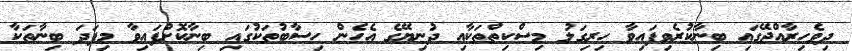
ދިވެހިރާއްޖޭގައި ބިނާކުރެވިފައިވާ ހިރިގަލު މިސްކިތްތަކާއި ދުނިޔޭގެ އެހެން ހިސާބުތަކުގައި ބިނާކޮށްފައިވާ މިފަދަ ބިނާތަކާ